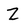
Character: Z